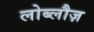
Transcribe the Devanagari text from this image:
लोब्लौज़